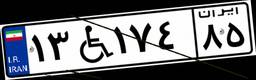
۱۳W۱۷۴۸۵